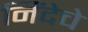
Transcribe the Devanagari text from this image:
निंदेचे